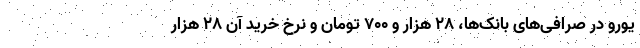
یورو در صرافی‌های بانک‌ها، ۲۸ هزار و ۷۰۰ تومان و نرخ خرید آن ۲۸ هزار